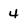
Character: 4